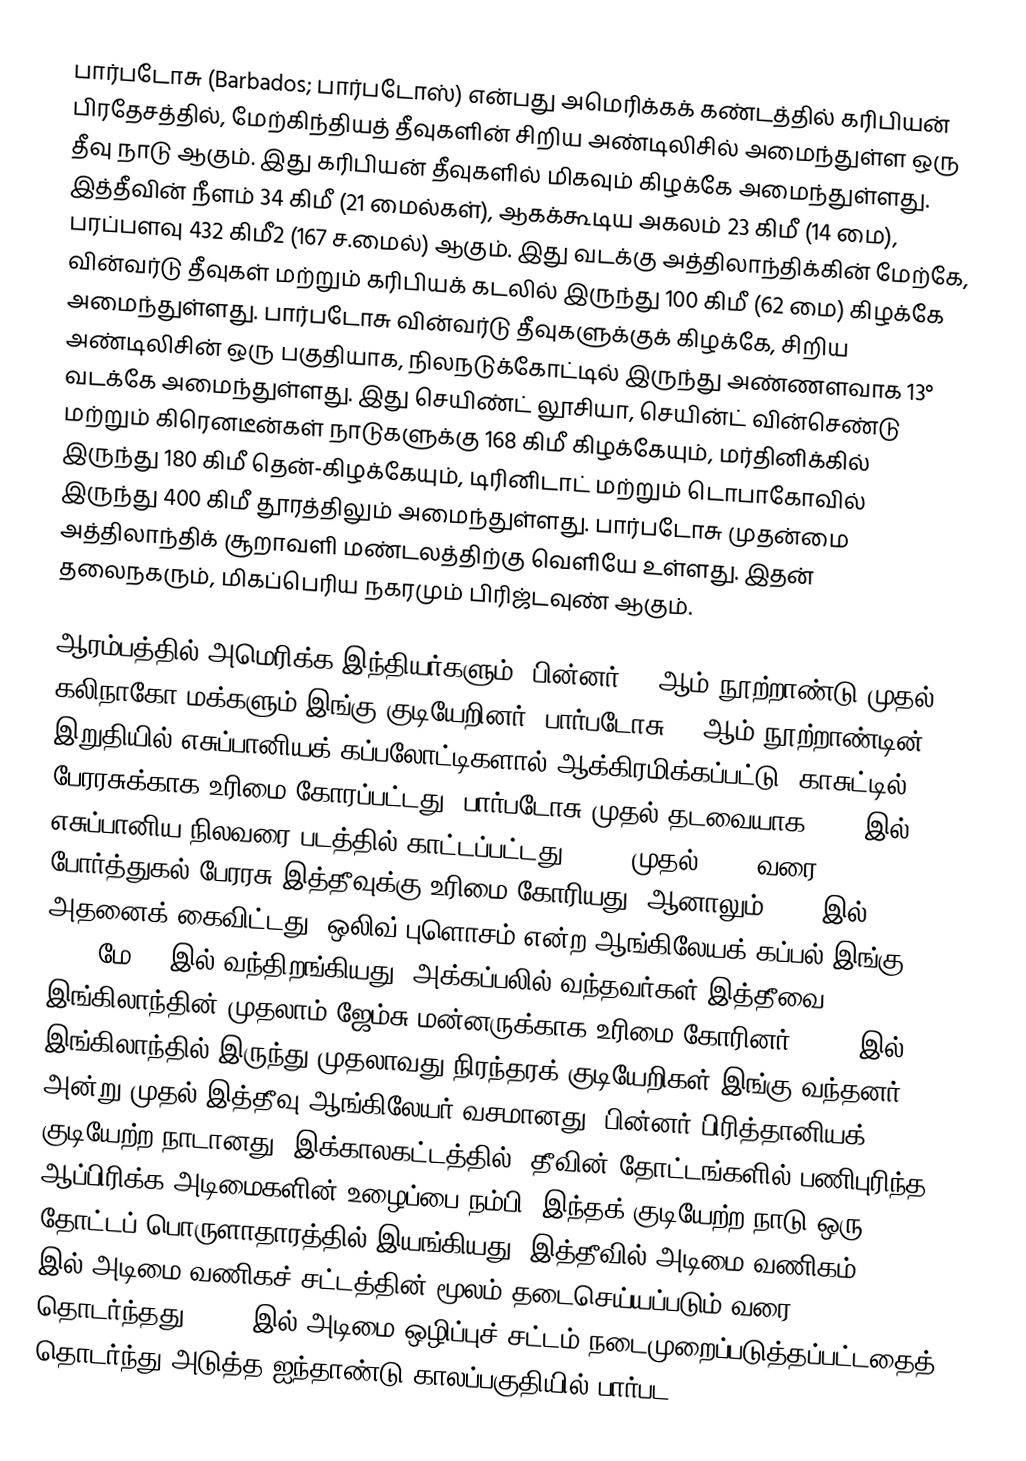
பார்படோசு (Barbados; பார்படோஸ்) என்பது அமெரிக்கக் கண்டத்தில் கரிபியன் பிரதேசத்தில், மேற்கிந்தியத் தீவுகளின் சிறிய அண்டிலிசில் அமைந்துள்ள ஒரு தீவு நாடு ஆகும். இது கரிபியன் தீவுகளில் மிகவும் கிழக்கே அமைந்துள்ளது. இத்தீவின் நீளம் 34 கிமீ (21 மைல்கள்), ஆகக்கூடிய அகலம் 23 கிமீ (14 மை), பரப்பளவு 432 கிமீ2 (167 ச.மைல்) ஆகும். இது வடக்கு அத்திலாந்திக்கின் மேற்கே, வின்வர்டு தீவுகள் மற்றும் கரிபியக் கடலில் இருந்து 100 கிமீ (62 மை) கிழக்கே அமைந்துள்ளது. பார்படோசு வின்வர்டு தீவுகளுக்குக் கிழக்கே, சிறிய அண்டிலிசின் ஒரு பகுதியாக, நிலநடுக்கோட்டில் இருந்து அண்ணளவாக 13° வடக்கே அமைந்துள்ளது. இது செயிண்ட் லூசியா, செயின்ட் வின்செண்டு மற்றும் கிரெனடீன்கள் நாடுகளுக்கு 168 கிமீ கிழக்கேயும், மர்தினிக்கில் இருந்து 180 கிமீ தென்-கிழக்கேயும், டிரினிடாட் மற்றும் டொபாகோவில் இருந்து 400 கிமீ தூரத்திலும் அமைந்துள்ளது. பார்படோசு முதன்மை அத்திலாந்திக் சூறாவளி மண்டலத்திற்கு வெளியே உள்ளது. இதன் தலைநகரும், மிகப்பெரிய நகரமும் பிரிஜ்டவுண் ஆகும்.

ஆரம்பத்தில் அமெரிக்க இந்தியர்களும், பின்னர் 13-ஆம் நூற்றாண்டு முதல் கலிநாகோ மக்களும் இங்கு குடியேறினர். பார்படோசு 15-ஆம் நூற்றாண்டின் இறுதியில் எசுப்பானியக் கப்பலோட்டிகளால் ஆக்கிரமிக்கப்பட்டு, காசுட்டில் பேரரசுக்காக உரிமை கோரப்பட்டது. பார்படோசு முதல் தடவையாக 1511 இல் எசுப்பானிய நிலவரை படத்தில் காட்டப்பட்டது. 1532 முதல் 1536 வரை போர்த்துகல் பேரரசு இத்தீவுக்கு உரிமை கோரியது, ஆனாலும் 1620 இல் அதனைக் கைவிட்டது. ஒலிவ் புளொசம் என்ற ஆங்கிலேயக் கப்பல் இங்கு 1625 மே 14 இல் வந்திறங்கியது. அக்கப்பலில் வந்தவர்கள் இத்தீவை இங்கிலாந்தின் முதலாம் ஜேம்சு மன்னருக்காக உரிமை கோரினர். 1627 இல், இங்கிலாந்தில் இருந்து முதலாவது நிரந்தரக் குடியேறிகள் இங்கு வந்தனர். அன்று முதல் இத்தீவு ஆங்கிலேயர் வசமானது. பின்னர் பிரித்தானியக் குடியேற்ற நாடானது. இக்காலகட்டத்தில், தீவின் தோட்டங்களில் பணிபுரிந்த ஆப்பிரிக்க அடிமைகளின் உழைப்பை நம்பி, இந்தக் குடியேற்ற நாடு ஒரு தோட்டப் பொருளாதாரத்தில் இயங்கியது. இத்தீவில் அடிமை வணிகம் 1807 இல் அடிமை வணிகச் சட்டத்தின் மூலம் தடைசெய்யப்படும் வரை தொடர்ந்தது. 1833 இல் அடிமை ஒழிப்புச் சட்டம் நடைமுறைப்படுத்தப்பட்டதைத் தொடர்ந்து அடுத்த ஐந்தாண்டு காலப்பகுதியில் பார்பட